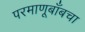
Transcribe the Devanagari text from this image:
परमाणूबाँबचा